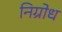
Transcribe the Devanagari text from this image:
निग्रोध